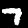
Label: 7